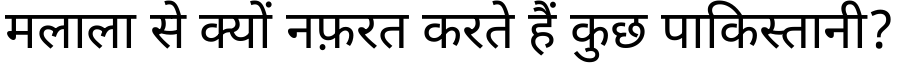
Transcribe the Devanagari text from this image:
मलाला से क्यों नफ़रत करते हैं कुछ पाकिस्तानी?